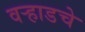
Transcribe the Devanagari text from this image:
वर्‍हाडचे